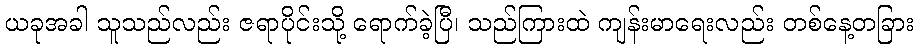
ယခုအခါ သူသည်လည်း ဇရာပိုင်းသို့ ရောက်ခဲ့ပြီ၊ သည်ကြားထဲ ကျန်းမာရေးလည်း တစ်နေ့တခြား